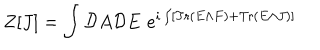
LaTeX: Z [ J ] = \int { \cal D } A { \cal D } E \, \, e ^ { i \int [ \mathrm { T r } \left( E \wedge F \right) + \mathrm { T r } \left( E \wedge J \right) ] }